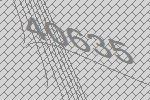
40635